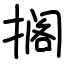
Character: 搁